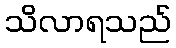
သိလာရသည်